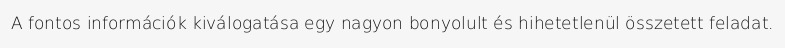
A fontos információk kiválogatása egy nagyon bonyolult és hihetetlenül összetett feladat.